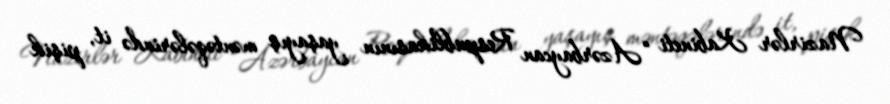
Nazirlər Kabineti “Azərbaycan Respublikasının yaşayış məntəqələrində it, pişik